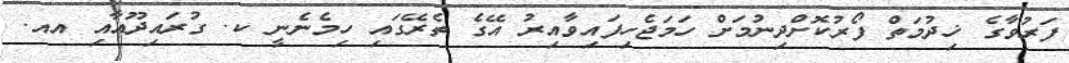
ފަރުވާގެ ޚިދުމަތް ފޯރުކޮށްދިނުމަށް ހަމަޖެހިފައިވާއިރު އޭގެ ތެރޭގައި ހިމެނެނީ ކ. ގުރައިދޫއާއި އއ.